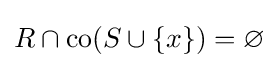
R\cap \operatorname {co} (S\cup \{x\})=\varnothing